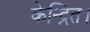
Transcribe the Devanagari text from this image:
केन्द्रित।